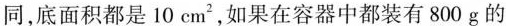
同，底面积都是10cm2，如果在容器中都装有800g的